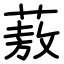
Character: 蔜